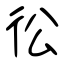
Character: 彸